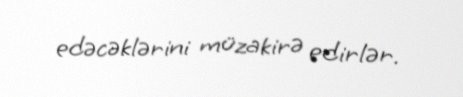
edəcəklərini müzakirə edirlər.